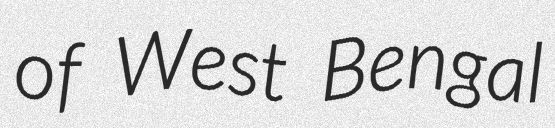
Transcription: of West Bengal